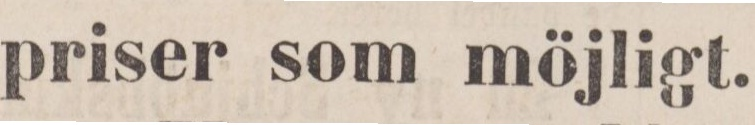
priser som möjligt.